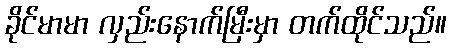
ခိုင်မာမာ လှည်းနောက်မြီးမှာ တက်ထိုင်သည်။